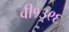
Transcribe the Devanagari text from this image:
वी१३९६